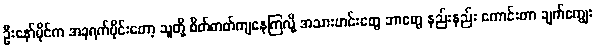
ဦးနော်မိုင်က အခုရက်ပိုင်းတော့ သူတို့ စိတ်ဓာတ်ကျနေကြလို့ အသားဟင်းတွေ ဘာတွေ နည်းနည်း ကောင်းတာ ချက်ကျွေး